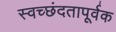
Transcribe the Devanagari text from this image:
स्वच्छंदतापूर्वक